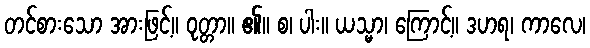
တင်စားသော အားဖြင့်။ ဝုတ္တာ။ ၏။ စ၊ ပါး။ ယသ္မာ၊ ကြောင့်။ ဒဟရ၊ ကာလေ၊